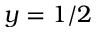
y = 1 / 2